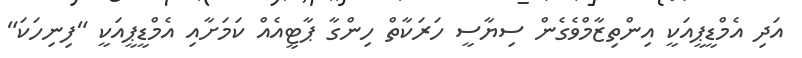
އަދި އެމްޑީޕީއަކީ އިންތިޒާމްވެގެން ސިޔާސީ ހަރަކާތް ހިންގާ ޕާޓީއެއް ކަމަށާއި އެމްޑީޕީއަކީ "ފިނިހަކަ"